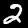
Label: 2